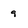
Character: q